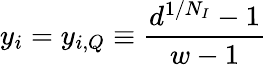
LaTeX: y_{i}=y_{i,Q}\equiv\frac{d^{1/N_{I}}-1}{w-1}